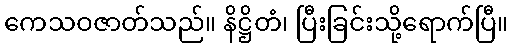
ကေသဝဇာတ်သည်။ နိဋ္ဌိတံ၊ ပြီးခြင်းသို့ရောက်ပြီ။